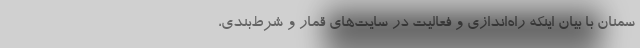
سمنان با بیان اینکه راه‌اندازی و فعالیت در سایت‌های قمار و شرط‌بندی،